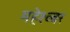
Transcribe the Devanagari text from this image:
महेश्व्वर